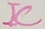
Text: IC